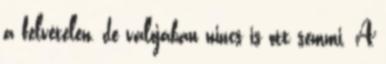
a felvételen, de valójában nincs is ott semmi. A